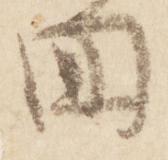
回